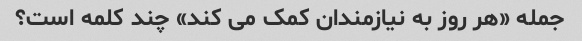
جمله «هر روز به نیازمندان کمک می کند» چند کلمه است؟